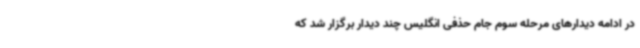
در ادامه دیدارهای مرحله سوم جام حذفی انگلیس چند دیدار برگزار شد که